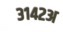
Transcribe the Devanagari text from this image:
३१४२अ